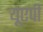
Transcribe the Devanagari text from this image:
यूएपी